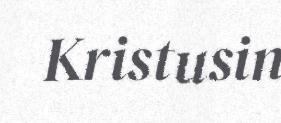
Kristusin